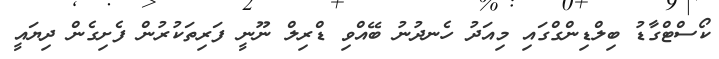
ކޯސްޓްގާޑު ބިލްޑިންގްގައި މިއަދު ހެނދުނު ބޭއްވި ޑްރިލް ނޫނީ ފަރިތަކުރުން ފެށިގެން ދިޔައީ